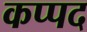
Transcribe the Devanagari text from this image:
कप्पद